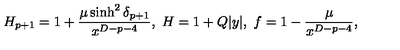
H _ { p + 1 } = 1 + { \frac { \mu \sinh ^ { 2 } \delta _ { p + 1 } } { x ^ { D - p - 4 } } } , \ H = 1 + Q | y | , \ f = 1 - { \frac { \mu } { x ^ { D - p - 4 } } } ,